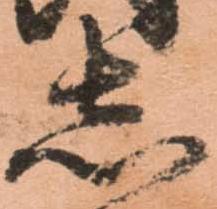
志